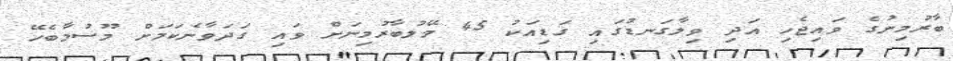
ބާރުމިނުގެ ވައިޖެހި އަދި ވިލާގަނޑުގައި ގަޑިއަކު 45 މޭލުބާރުމިނަށް ވައި ގަދަވާނެކަމަށް މޫސުމާބެހޭ